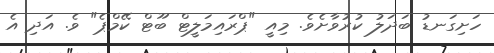
ހަށިގަނޑު ބަދަލު ކުރުވާށެވެ. މިއީ "ޕްރައިމަލީޓް ބޫޓް ކޭމްޕެ" ވެ. އަދި އެ